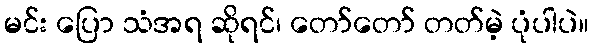
မင်း ပြော သံအရ ဆိုရင်၊ တော်တော် တတ်မဲ့ ပုံပါပဲ။